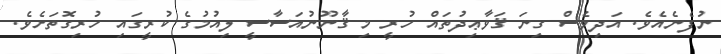
ނުފެނެއެވެ. އަދިވެސް ގިނަ ޤަވާޢިދުތައް ހުރީ މި ޤާނޫނުއަސާސީ ލިއުމުގެ ކުރީގައި ހުރިގޮތަށެވެ.